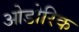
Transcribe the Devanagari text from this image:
ओडोरिक